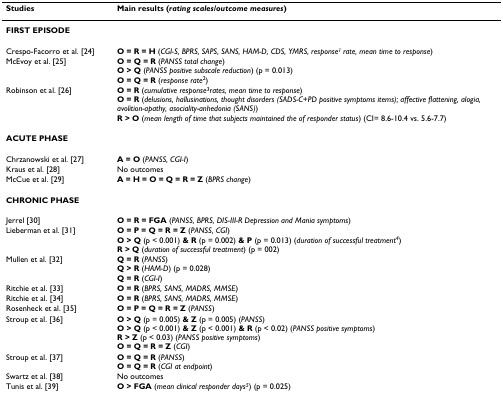
| Studies | Main results (rating scales/outcome measures) |
 | --- | --- |
 | FIRST EPISODE |  |
 | Crespo-Facorro et al. [24] | O = R = H (CGI-S, BPRS, SAPS, SANS, HAM-D, CDS, YMRS, response1 rate, mean time to response) |
 | McEvoy et al. [25] | O = Q = R (PANSS total change)O > Q (PANSS positive subscale reduction) (p = 0.013)O = Q = R (response rate2) |
 | Robinson et al. [26] | O = R (cumulative response3rates, mean time to response)O = R (delusions, hallusinations, thought disorders (SADS-C+PD positive symptoms items); affective flattening, alogia, avolition-apathy, asociality-anhedonia (SANS))R > O (mean length of time that subjects maintained the of responder status) (CI= 8.6-10.4 vs. 5.6-7.7) |
 | ACUTE PHASE |  |
 | Chrzanowski et al. [27] | A = O (PANSS, CGI-I) |
 | Kraus et al. [28] | No outcomes |
 | McCue et al. [29] | A = H = O = Q = R = Z (BPRS change) |
 | CHRONIC PHASE |  |
 | Jerrel [30] | O = R = FGA (PANSS, BPRS, DIS-III-R Depression and Mania symptoms) |
 | Lieberman et al. [31] | O = P = Q = R = Z (PANSS, CGI)O > Q (p < 0.001) & R (p = 0.002) & P (p = 0.013) (duration of successful treatment4)R > Q (duration of successful treatment) (p = 002) |
 | Mullen et al. [32] | Q = R (PANSS)Q > R (HAM-D) (p = 0.028)Q = R (CGI-I) |
 | Ritchie et al. [33] | O = R (BPRS, SANS, MADRS, MMSE) |
 | Ritchie et al. [34] | O = R (BPRS, SANS, MADRS, MMSE) |
 | Rosenheck et al. [35] | O = P = Q = R = Z (PANSS) |
 | Stroup et al. [36] | O > Q (p = 0.005) & Z (p = 0.005) (PANSS)O > Q (p < 0.001) & Z (p < 0.001) & R (p < 0.02) (PANSS positive symptoms)R > Z (p < 0.03) (PANSS positive symptoms)O = Q = R = Z (CGI) |
 | Stroup et al. [37] | O = Q = R (PANSS)O = Q = R (CGI at endpoint) |
 | Swartz et al. [38] | No outcomes |
 | Tunis et al. [39] | O > FGA (mean clinical responder days5) (p = 0.025) |